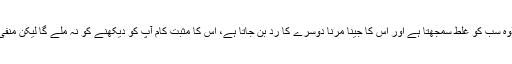
انسان اپنے علاوہ سب کو غلط سمجھتا ہے اور اس کا جینا مرنا دوسرے کا رد بن جاتا ہے، اس کا مثبت کام آپ کو دیکھنے کو نہ ملے گا لیکن منفی کام بہت ہوگا۔